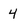
Character: 4